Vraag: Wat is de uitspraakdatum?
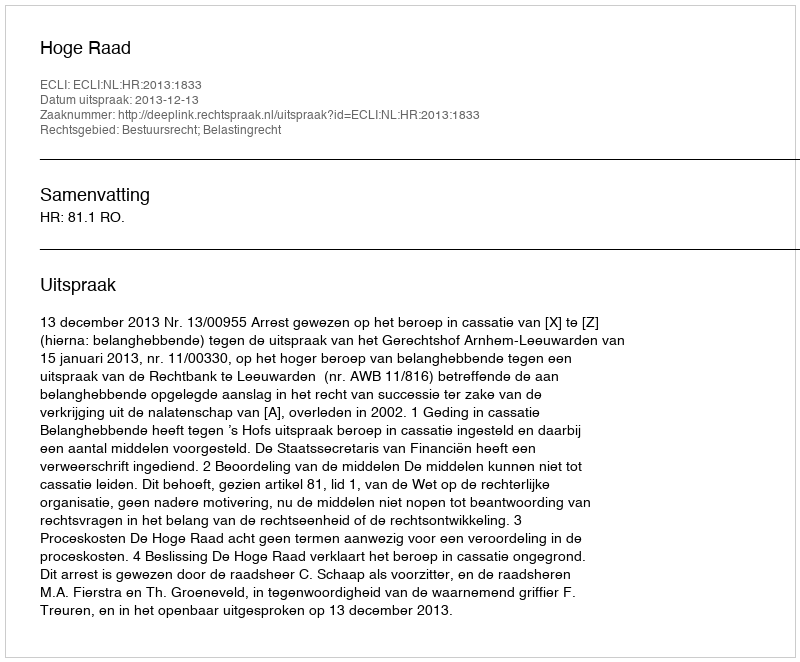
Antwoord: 2013-12-13